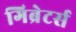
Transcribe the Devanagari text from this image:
गिब्रेटर्स